Civil Veterinary Department. United Provinces 1912-22 - 1912-1922
Year: 1912
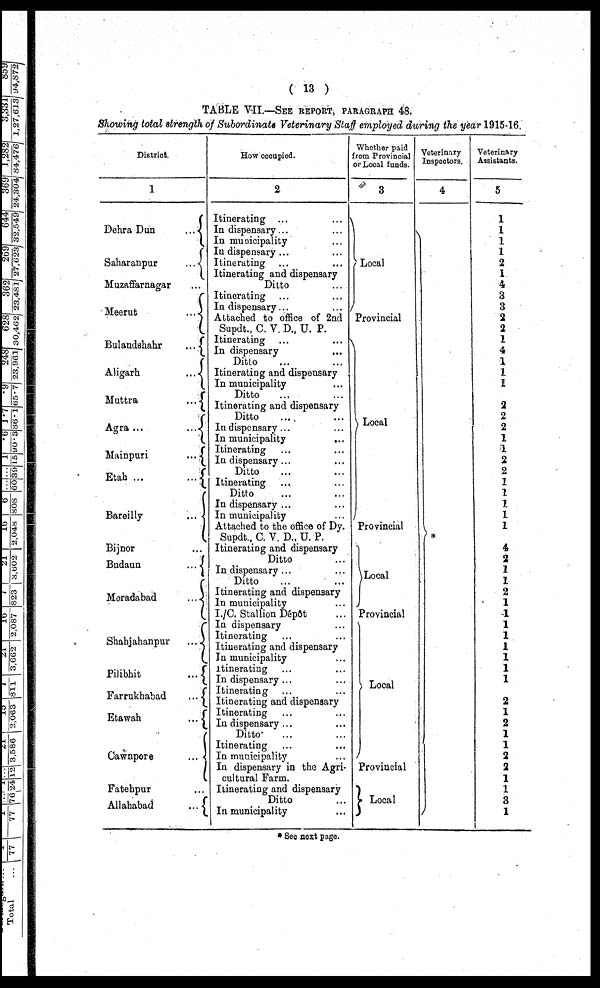
( 13 )
TABLE VII.—SEE REPORT, PARAGRAPHS 48.
Showing total strength of Subordinate Veterinary Staff employed during the year 1915-16.
District.
1
Dehra Dun
...
Saharanpur
...
Muzaffarnagar ...
Meerut
...
Bulandshahr
...
Aligarh
...
Muttra
...
Agra...
...
Maimpuri
...
Etah ...
...
Bareilly
...
Bijnor ...
Budaun
...
Moradabad
...
Shahjahanpur
...
Pilibhit
...
Farrukhabad
...
Etawah
...
Cawnpore
..
Fatehpur
Allahabad
...
How occupied.
2
Itinerating … …
In dispensary ... ...
In municipality …
In dispensary ...
Itinerating … …
Itinerating and dispensary
Ditto …
Itinerating … …
In dispensary...
Attached to office of 2nd
Supdt., C. V. D., U. P.
Itinerating … …
In dispensary … …
Ditto … …
Itinerating and dispensary
In municipality …
Ditto … …
Itinerating and dispensary
Ditto ... ...
In dispensary ... ...
In municipality … …
Itinerating … …
In dispensary ...
Ditto … …
Itinerating … …
Ditto … …
In dispensary ...
In municipality ...
Attached to the office of Dy.
Supdt., C. V. D., U. P.
Itinerating and dispensary
Ditto …
In dispensary ...
Ditto … …
Itinerating and dispensary
In municipality …
I./C. Stallion Dépôt ...
In dispensary …
Itinerating … …
Itinerating and dispensary
In municipality …
Itinerating … …
In dispensary ... ...
Itinerating
Itinerating and dispensary
Itinerating … …
In dispensary ... ...
Ditto ... ...
Itinerating … …
In municipality ...
In dispensary in the Agri-
cultural Farm.
Itinerating and dispensary
Ditto …
In municipality …
Whether paid
from Provincial
or Local funds.
3
Local
Provincial
Local
Provincial
Local
Provincial
Local
Provincial
Local
Veterinary
Inspectors.
4
Veterinary
Assistants.
5
1
1
1
1
2
1
4
3
3
2
2
1
4
1
1
1
2
2
2
1
1
2
2
1
1
1
1
1
4
2
1
1
2
1
1
1
1
1
1
1
1
2
1
2
1
1
2
2
1
1
3
1
* Seo next page.